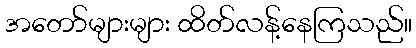
အတော်များများ ထိတ်လန့်နေကြသည်။